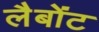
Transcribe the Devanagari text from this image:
लैबोंट